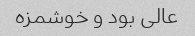
عالی بود و خوشمزه